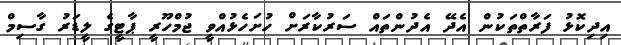
އިދިކޮޅު ފަރާތްތަކުން އެދޭ އެދުންތައް ސަރުކާރަށް ހުށަހެޅުއްވީ ޖުމްހޫރީ ޕާޓީގެ ލީޑަރު ގާސިމް